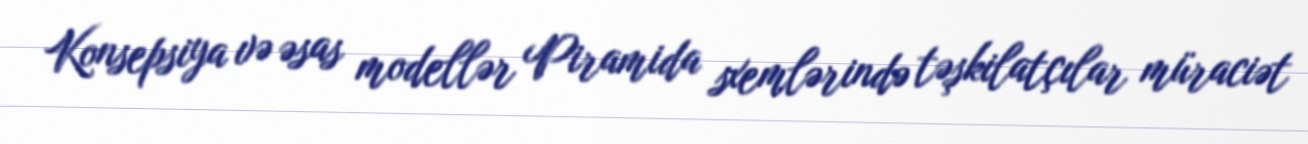
Konsepsiya və əsas modellər Piramida sxemlərində təşkilatçılar müraciət